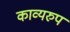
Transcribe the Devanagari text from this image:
काव्यरुप